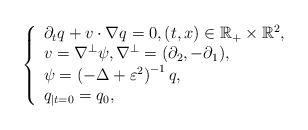
LaTeX: \begin{align*}\left\{ \begin{array}{l}\partial _{t}q+v\cdot \nabla q=0, (t,x)\in \mathbb{R} _+\times \mathbb{R} ^2,\\v=\nabla ^{\bot}\psi, \nabla^{\perp}=(\partial_{2}, -\partial_{1}),\\\psi =\left( -\Delta +\varepsilon ^2 \right) ^{-1}q,\\q_{\mid {t}=0}=q_0,\\\end{array} \right.\end{align*}